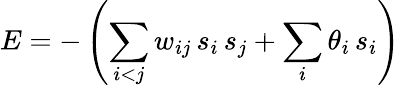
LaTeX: E=-\left(\sum_{i<j}w_{ij}\, s_{i}\, s_{j}+\sum_{i}\theta_{i}\, s_{i}\right)